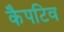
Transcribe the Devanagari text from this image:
कैपटिव